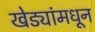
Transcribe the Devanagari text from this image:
खेड्यांमधून